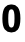
0